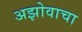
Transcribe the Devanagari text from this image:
अझोवाचा